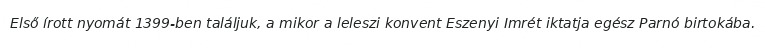
Első írott nyomát 1399-ben találjuk, a mikor a leleszi konvent Eszenyi Imrét iktatja egész Parnó birtokába.